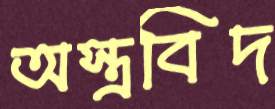
অস্ত্রবিদ